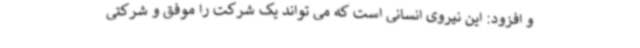
و افزود: این نیروی انسانی است که می تواند یک شرکت را موفق و شرکتی